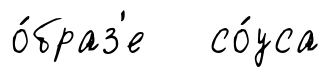
о́браз'е со́уса